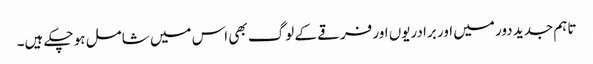
تاہم جدید دور میں اور برادریوں اور فرقے کے لوگ بھی اس میں شامل ہو چکے ہیں۔